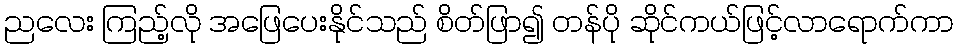
ညလေး ကြည့်လို အဖြေပေးနိုင်သည် စိတ်ဖြာ၍ တန်ပို ဆိုင်ကယ်ဖြင့်လာရောက်ကာ